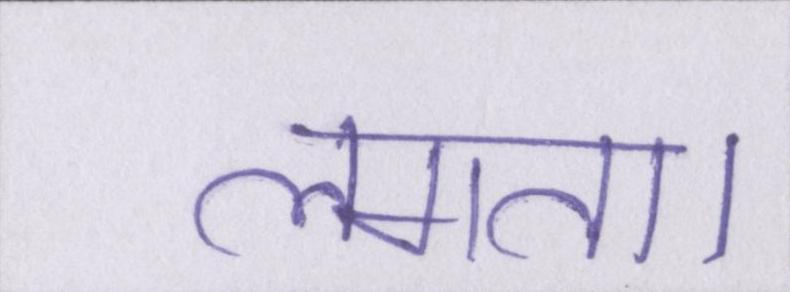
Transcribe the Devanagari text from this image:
लगता।